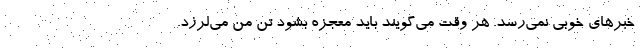
خبرهای خوبی نمی‌رسد. هر وقت می‌گویند باید معجزه بشود تن من می‌لرزد.